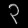
Digit: ၃